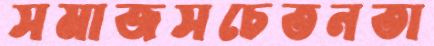
সমাজসচেতনতা